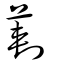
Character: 𠞁